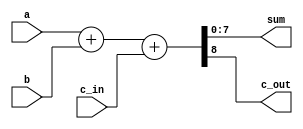
`default_nettype none
`timescale 1ns/1ns

module full_adder(
  input [7:0] a,
  input [7:0] b,
  input c_in,

  output [7:0] sum,
  output c_out
);

  assign {c_out, sum} = a + b + c_in;

endmodule